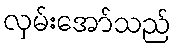
လှမ်းအော်သည်